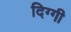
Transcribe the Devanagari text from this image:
दिग्गी